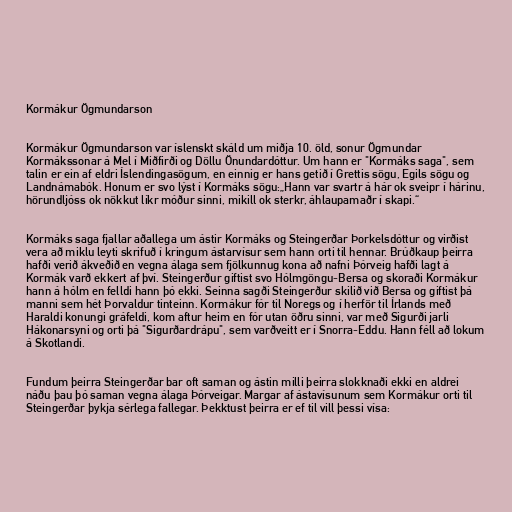
Kormákur Ögmundarson

Kormákur Ögmundarson var íslenskt skáld um miðja 10. öld, sonur Ögmundar
Kormákssonar á Mel í Miðfirði og Döllu Önundardóttur. Um hann er "Kormáks saga", sem
talin er ein af eldri Íslendingasögum, en einnig er hans getið í Grettis sögu, Egils sögu og
Landnámabók. Honum er svo lýst í Kormáks sögu:„Hann var svartr á hár ok sveipr í hárinu,
hörundljóss ok nökkut líkr móður sinni, mikill ok sterkr, áhlaupamaðr í skapi.“

Kormáks saga fjallar aðallega um ástir Kormáks og Steingerðar Þorkelsdóttur og virðist
vera að miklu leyti skrifuð í kringum ástarvísur sem hann orti til hennar. Brúðkaup þeirra
hafði verið ákveðið en vegna álaga sem fjölkunnug kona að nafni Þórveig hafði lagt á
Kormák varð ekkert af því. Steingerður giftist svo Hólmgöngu-Bersa og skoraði Kormákur
hann á hólm en felldi hann þó ekki. Seinna sagði Steingerður skilið við Bersa og giftist þá
manni sem hét Þorvaldur tinteinn. Kormákur fór til Noregs og í herför til Írlands með
Haraldi konungi gráfeldi, kom aftur heim en fór utan öðru sinni, var með Sigurði jarli
Hákonarsyni og orti þá "Sigurðardrápu", sem varðveitt er í Snorra-Eddu. Hann féll að lokum
á Skotlandi.

Fundum þeirra Steingerðar bar oft saman og ástin milli þeirra slokknaði ekki en aldrei
náðu þau þó saman vegna álaga Þórveigar. Margar af ástavísunum sem Kormákur orti til
Steingerðar þykja sérlega fallegar. Þekktust þeirra er ef til vill þessi vísa: